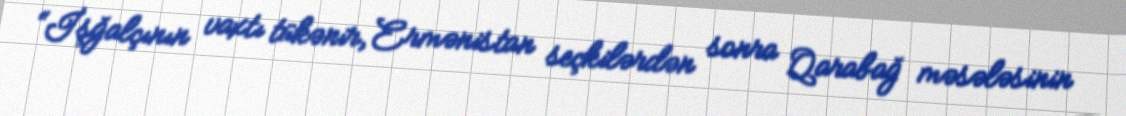
“İşğalçının vaxtı tükənir, Ermənistan seçkilərdən sonra Qarabağ məsələsinin